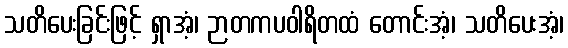
သတိပေးခြင်းဖြင့် ရှာအံ့၊ ဉာတကပဝါရိတထံ တောင်းအံ့၊ သတိပေးအံ့၊